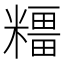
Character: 𥼦